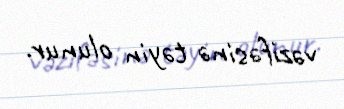
vəzifəsinə təyin olunur.